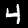
Label: 4